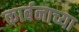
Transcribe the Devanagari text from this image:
कार्बनाच्या